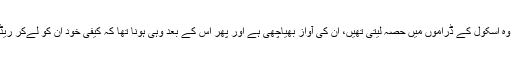
جوشی کی ان باتوں نے ان کو حوصلہ دیا اور پہلی بار انہوں نے کیفی کو بتایا کہ وہ اسکول کے ڈراموں میں حصہ لیتی تھیں، ان کی آواز بھیاچھی ہے اور پھر اس کے بعد وہی ہونا تھا کہ کیفی خود ان کو لےکر ریڈیو اسٹیشن گئے جہاں ان کا آڈیشن کامیاب رہا اور ایک نئے سفر کیشروعات ہوئی۔